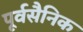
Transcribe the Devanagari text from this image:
पूर्वसैनिक